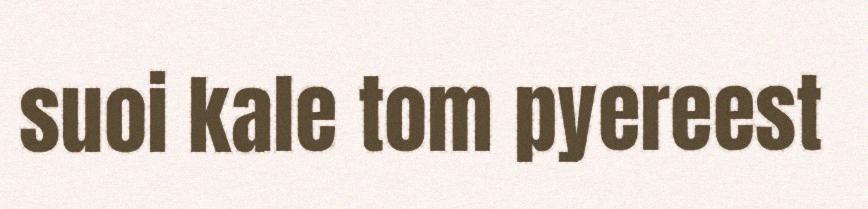
suoi kale tom pyereest